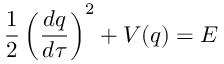
\frac { 1 } { 2 } \left( \frac { d q } { d \tau } \right) ^ { 2 } + V ( q ) = E